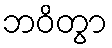
ဘဝိတွာ